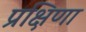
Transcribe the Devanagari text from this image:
प्रक्षिणा